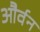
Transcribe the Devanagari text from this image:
और्वन